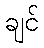
ချင်